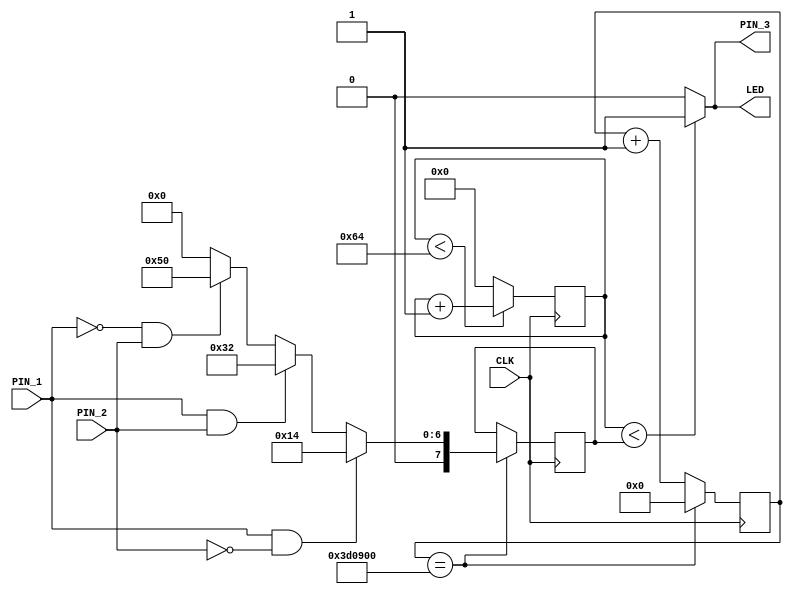
module top (
    input CLK,
    input PIN_1,
    input PIN_2,
    output PIN_3,
    output LED
);

    reg [7:0] dc;
    reg [7:0] count;
    reg [23:0] slow_loop_count;

    always @(posedge CLK) begin
        if (count < 100) count <= count + 1;
        else count <= 0; 

        slow_loop_count <= slow_loop_count + 1;
        if (slow_loop_count == (16000000 / 4)) begin    //sub-loop running every 250ms
            slow_loop_count <= 0;

            if (PIN_1 && !PIN_2) dc = 20;
            else if (PIN_1 && PIN_2) dc = 50;
            else if (!PIN_1 && PIN_2) dc = 80;
            else dc = 0;

        end
    end

    assign LED = (count < dc) ? 1 : 0;
    assign PIN_3 = (count < dc) ? 1 : 0;
endmodule